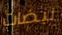
نبضات